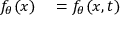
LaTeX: \begin{array} { r l } { f _ { \theta } ( x ) } & { { } = f _ { \theta } ( x , t ) } \end{array}